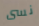
نسى